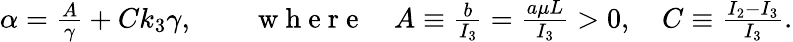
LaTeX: \begin{array}{r}{\alpha=\frac{A}{\gamma}+Ck_{3}\gamma,\qquad\mathrm{~w~h~e~r~e~}\quad A\equiv\frac{b}{I_{3}}=\frac{a\mu L}{I_{3}}>0,\quad C\equiv\frac{I_{2}-I_{3}}{I_{3}}.}\end{array}